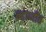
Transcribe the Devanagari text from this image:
न्हाणीत